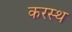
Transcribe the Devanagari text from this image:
करस्थ